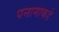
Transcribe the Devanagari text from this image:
पनामाकडे